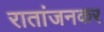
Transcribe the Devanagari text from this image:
रातांजनकर